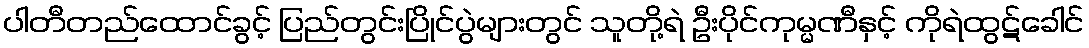
ပါတီတည်ထောင်ခွင့် ပြည်တွင်းပြိုင်ပွဲများတွင် သူတို့ရဲ ဦးပိုင်ကုမ္မဏီနှင့် ကိုရဲထွဋ်ခေါင်